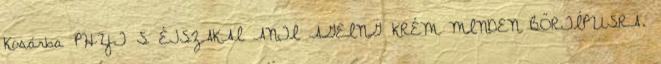
Kosárba PHYT S ÉJSZAKAI ANTI AGEING KRÉM MINDEN BŐRTÍPUSRA.